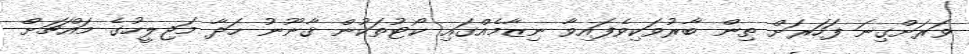
ވަރަށްގިނަ ފަހަރަށް ތިން ބާރުވަކިވެފައިވާ ނިޒާމެއްގައި ކޯޓުތަކުން ޤާނޫނު ހަދާ މަޖިލީހުގެ މައްޗަށް